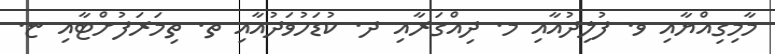
މާމިގިއްޔާއި ވ. ފުލިދުއާއި މ. ދިއްގަރާއި ދ. ކުޑަހުވަދުއާއި ތ. ތިމަރަފުށްޓާއި ޏ.